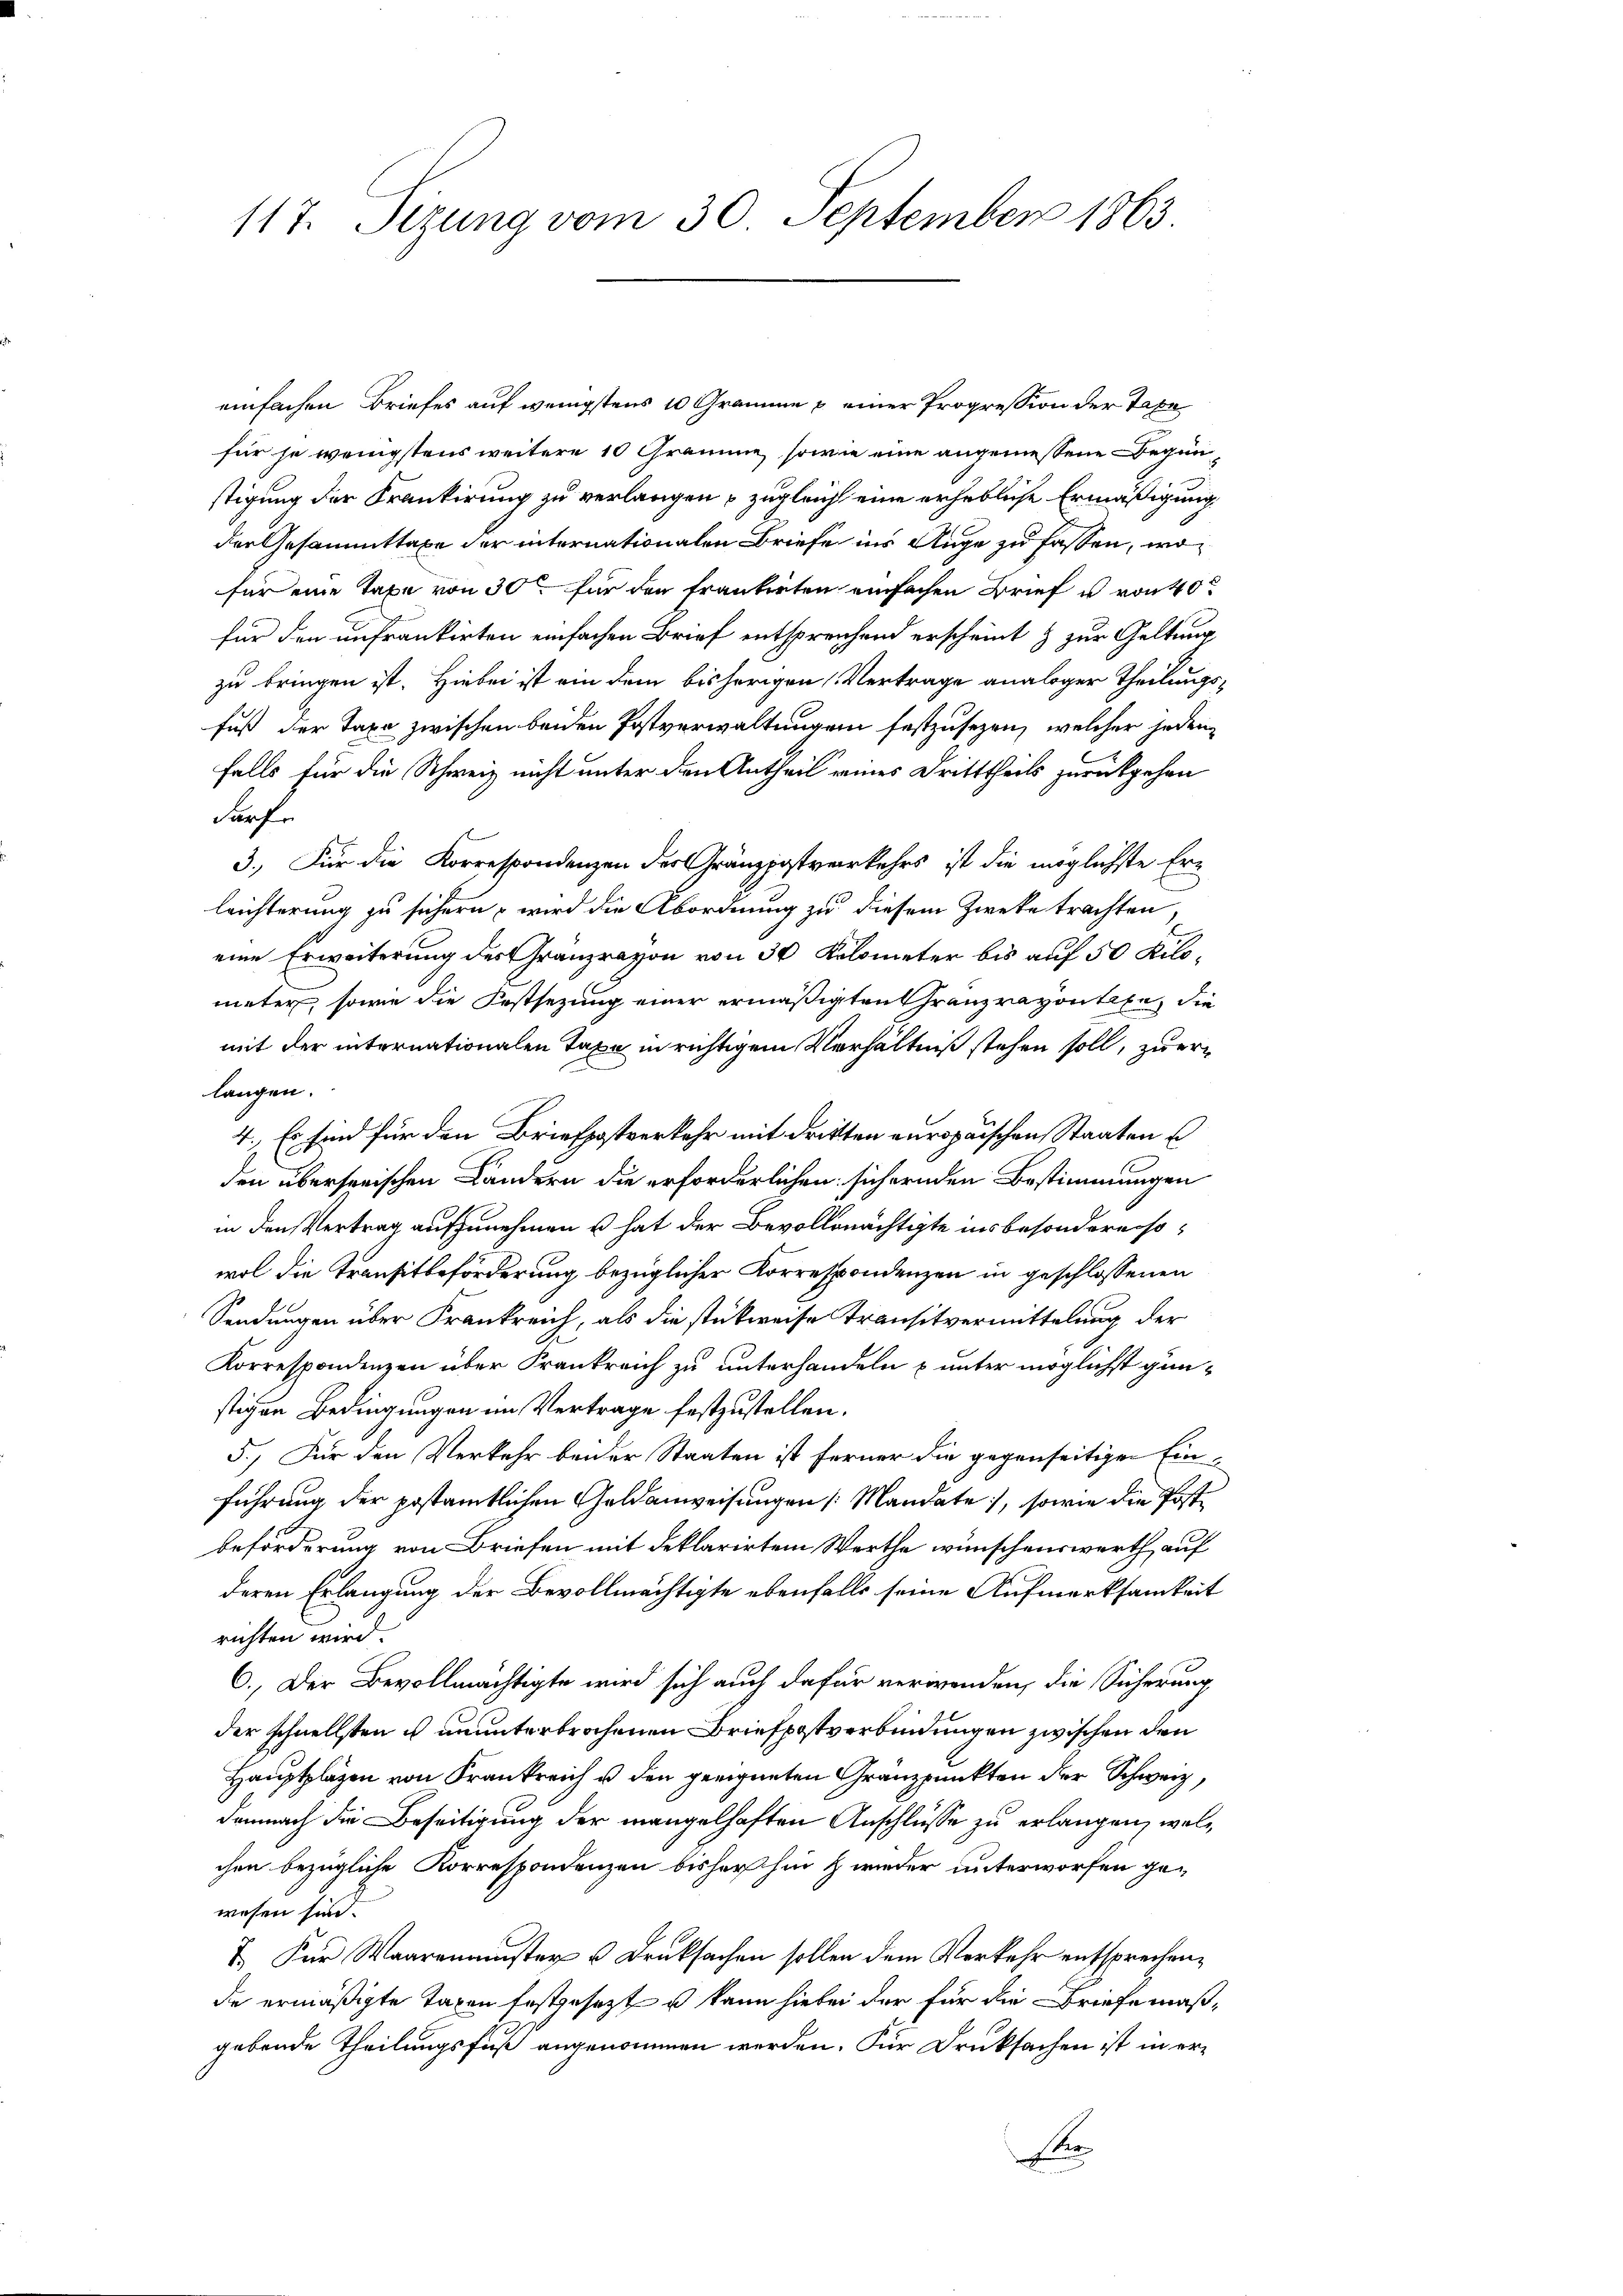
117. Sizung vom 30. September 1863.

einfachen Briefes auf wenigstens 10 Gramme & einer Progression der Taxe
für je wenigstens weitere 10 Gramme, sowie eine angemessene Beginstigung der Krankirung zu verlangen zugleich eine erhebliche Ermäßigung
der Gesammttaxe der internationalen Briefe ins Auge zu fassen, wofür eine Taxe von 30 für den frankirten einfachen Brief u von 40
für den unfrankirten einfachen Brief entsprechend erscheint & zur Geltung
zu bringen ist. Hiebei ist ein dem bisherigen Vertrage analoger Theilungs¬
Fuß der Taxe zwischen beiden Postverwaltungen festzusezen, welcher jeden
falls für die Schweiz nicht unter den Antheil eines Dritttheils zurückgehen
darf.
3.) Für die Korrespondenzen der Gränzpostverkehrs ist die möglichste Er-
leichterung zu sichern – wird die Abordnung zu diesem Zweke trachten,
eine Erweiterung des Granzrayon von 30 Kilometer bis auf 50 Kilometer, sowie die Festsezung einer ermäßigten Granz rayontexe, die
mit der internationalen Taxe in richtigem Verhältniß stehen soll, zu erlangen.
4. Es sind für den Briefpostverkehr mit dritten europaischen Staaten s
den überserischen Landern die erforderlichen sichernden Bestimmungen
in den Vertrag aufzunehmen u hat der Bevollmächtigte insbesondere sowol die Transitbeförderung bezüglicher Korrespondenzen in geschlossenen
Sendungen über Frankreich, als die stückweise Transitvermittelung der
Korrespondenzen über Frankreich zu unterhandeln & unter möglichst günstigen Bedingungen im Vertrage festzustellen.
5.) Für den Verkehr beider Staaten ist ferner die gegenseitigen Einführung der postamtlichen Geldanweisungen (Mandate, sowie die Postbeförderung von Briefen mit deklarirten Werthe wünschenswerth, auf
deren Erlangung der Bevollmächtigte ebenfalls seine Aufmerksamkeit
richten wird
6. Der Bevollmächtigte wird sich auch dafür verwenden, die Sicherung
der schnellsten es ununterbrochenen Briefpostverbindungen zwischen den
Hauptpläzen von Frankreich u. den geeigneten Granzpunkten der Schweiz,
demnach die Beseitigung der mangelhaften Anschlüsse zu erlangen, welchen bezügliche Korrespondenzen bisher hin & wieder unterworfen gewesen sind.
7. Für Waarenmuster & Druksachen sollen dem Verkehr entsprechen,
de ermäßigte Taxen festgesezt u kann hiebei der für die Briefemäßgebende Theilungsfuß angenommen werden. Für Druksachen ist in er¬
E